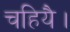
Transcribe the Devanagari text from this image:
चहियै।